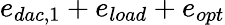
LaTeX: e_{dac,1}+e_{load}+e_{opt}